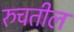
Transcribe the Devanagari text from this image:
रुचतील